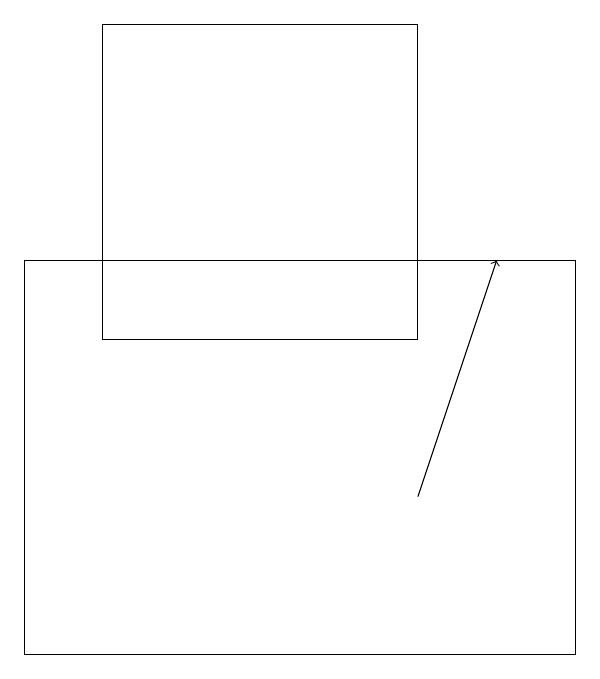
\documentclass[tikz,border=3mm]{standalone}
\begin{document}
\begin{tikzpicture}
\draw[->] (7,12) -- (8,15);
\draw (3,18) rectangle (7,14);
\draw (9,10) rectangle (2,15);
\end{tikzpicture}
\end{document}